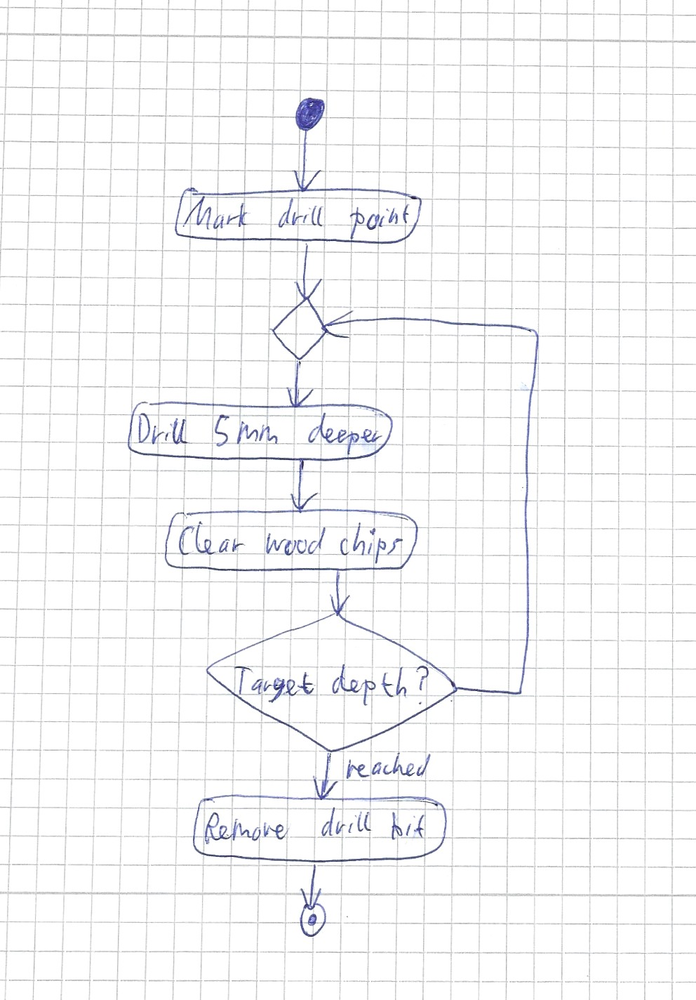
Diagram type: activity_diagram
```plantuml
@startuml

start
:Mark drill point;
repeat
  :Drill 5mm deeper;
  :Clear wood chips;
repeat while (Target depth?) not (reached)
:Remove drill bit;
stop

@enduml
```